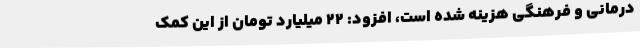
درمانی و فرهنگی هزینه شده است، افزود: 22 میلیارد تومان از این کمک